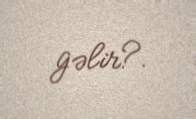
gəlir?.